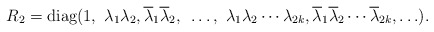
\begin{align*} R_2=\hbox{diag}(1, ~\lambda_1 \lambda_2, \overline \lambda_1 \overline \lambda_2, ~\ldots, ~\lambda_1 \lambda_2 \cdots \lambda_{2k}, \overline\lambda_1 \overline \lambda_2 \cdots \overline \lambda_{2k}, \ldots).\end{align*}